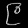
Digit: ၉